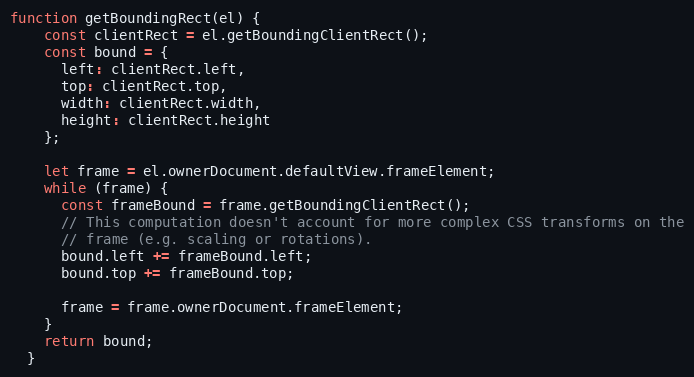
Language: JavaScript
function getBoundingRect(el) {
    const clientRect = el.getBoundingClientRect();
    const bound = {
      left: clientRect.left,
      top: clientRect.top,
      width: clientRect.width,
      height: clientRect.height
    };

    let frame = el.ownerDocument.defaultView.frameElement;
    while (frame) {
      const frameBound = frame.getBoundingClientRect();
      // This computation doesn't account for more complex CSS transforms on the
      // frame (e.g. scaling or rotations).
      bound.left += frameBound.left;
      bound.top += frameBound.top;

      frame = frame.ownerDocument.frameElement;
    }
    return bound;
  }